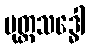
မုတ္တသဒ္ဓေါ